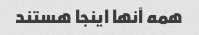
همه آنها اینجا هستند